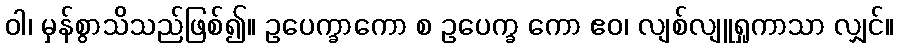
ဝါ၊ မှန်စွာသိသည်ဖြစ်၍။ ဥပေက္ခာကော စ ဥပေက္ခ ကော ဧဝ၊ လျစ်လျူရှုကာသာ လျှင်။